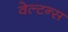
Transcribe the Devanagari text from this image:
वेल्टन्स